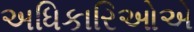
અધિકારિઓએ